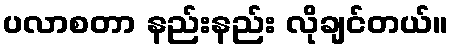
ပလာစတာ နည်းနည်း လိုချင်တယ်။